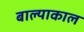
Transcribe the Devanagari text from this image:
बाल्याकाल